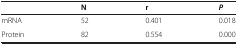
|  | N | r | P |
 | --- | --- | --- | --- |
 | mRNA | 52 | 0.401 | 0.018 |
 | Protein | 82 | 0.554 | 0.000 |